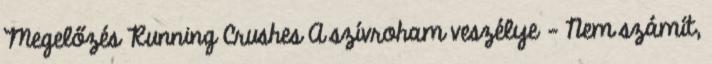
Megelőzés Running Crushes A szívroham veszélye - Nem számít,